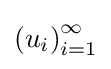
\left(u_{i}\right)_{i=1}^{\infty }